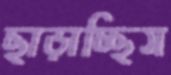
ছাড়াচ্ছিস